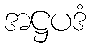
အဋ္ဌပဒံ